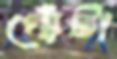
পোঁটা